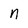
Character: n